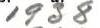
1938